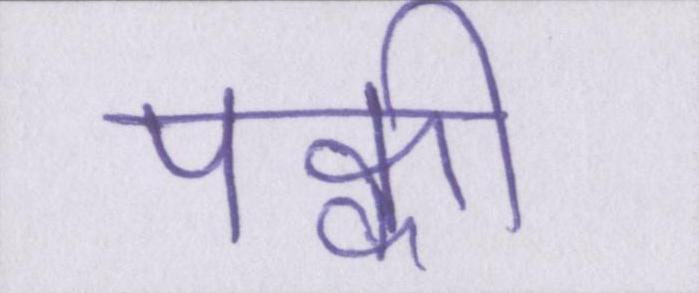
पक्की